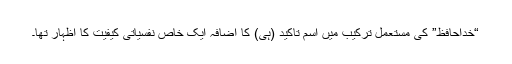
“خداحافظ” کی مستعمل ترکیب میں اسم تاکید (ہی) کا اضافہ ایک خاص نفسیاتی کیفیت کا اظہار تھا۔